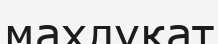
махлұқат